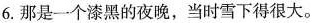
6. 那是一个漆黑的夜晚,当时雪下得很大。